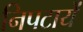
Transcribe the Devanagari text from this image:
निपटायें